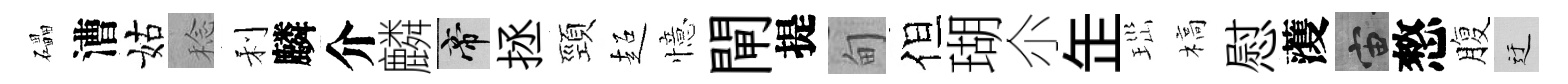
礧漕姑稔利麟介麟帝拯頸超憶閘提甸但瑚尒𦈢𤤼槁慰𮑮宙憗腹迂